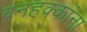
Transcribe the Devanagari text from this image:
वनहक्कांना